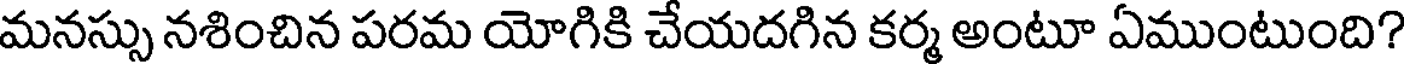
మనస్సు నశించిన పరమ యోగికి చేయదగిన కర్మ అంటూ ఏముంటుంది?